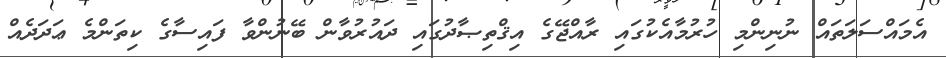
އެމައްސަލަތައް ނުނިންމި ހުރުމާއެކުގައި ރާއްޖޭގެ އިޤްތިޞާދުގައި ދައުރުވާން ބޭނުންވާ ފައިސާގެ ކިތަންމެ ޢަދަދެއް